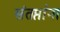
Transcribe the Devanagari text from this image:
संतप्तांना